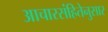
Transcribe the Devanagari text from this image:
आचारसंहितेनुसार